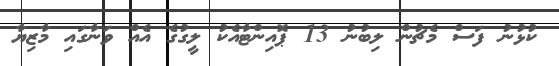
ކުޅުނު ފަސް މެޗުން ލިބުނު 13 ޕޮއިންޓާއެކު ލީގުގެ އެއް ވަނާގައި މާޒިޔާ